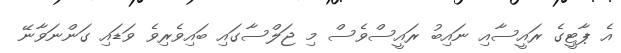
އެ ޕާޓީގެ ރައީސާއި ނައިބު ރައީސްވެސް މި ޖަލްސާގައި ބައިވެރިވެ ވަޑައި ގަންނަވާނޭ